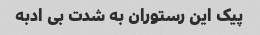
پیک این رستوران به شدت بی ادبه